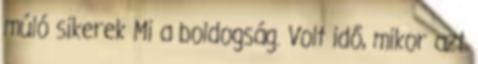
múló sikerek Mi a boldogság. Volt idő, mikor azt